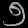
Digit: ၅